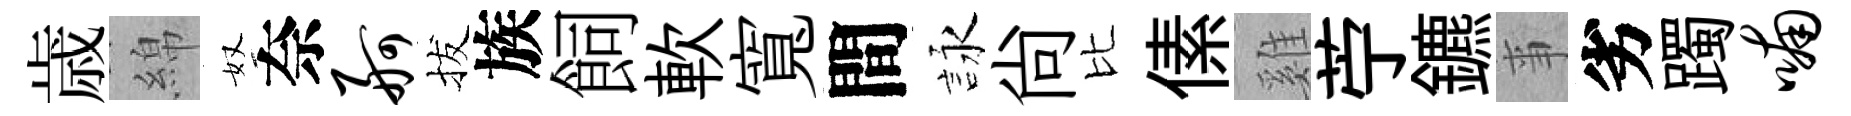
歳綿奴奈舸拔族飼軟寬間詠尙比傃雞苧鑣亊劣躅喃